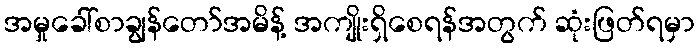
အမှုခေါ်စာချွန်တော်အမိန့် အကျိုးရှိစေရန်အတွက် ဆုံးဖြတ်ရမှာ